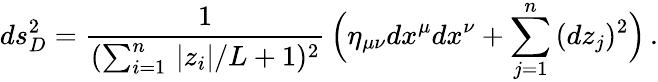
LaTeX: ds_{D}^{2}=\frac{1}{(\sum_{i=1}^{n}\, |z_{i}|/L+1)^{2}}\, \Big(\eta_{\mu\nu}dx^{\mu}dx^{\nu}+\sum_{j=1}^{n}\, (dz_{j})^{2}\Big)\, .